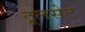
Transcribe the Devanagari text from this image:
टूलसेट